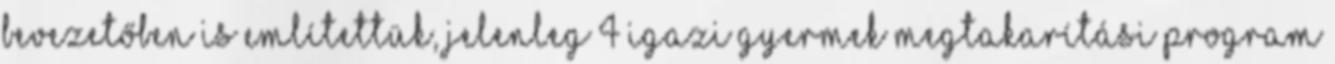
bevezetőben is említettük, jelenleg 4 igazi gyermek megtakarítási program